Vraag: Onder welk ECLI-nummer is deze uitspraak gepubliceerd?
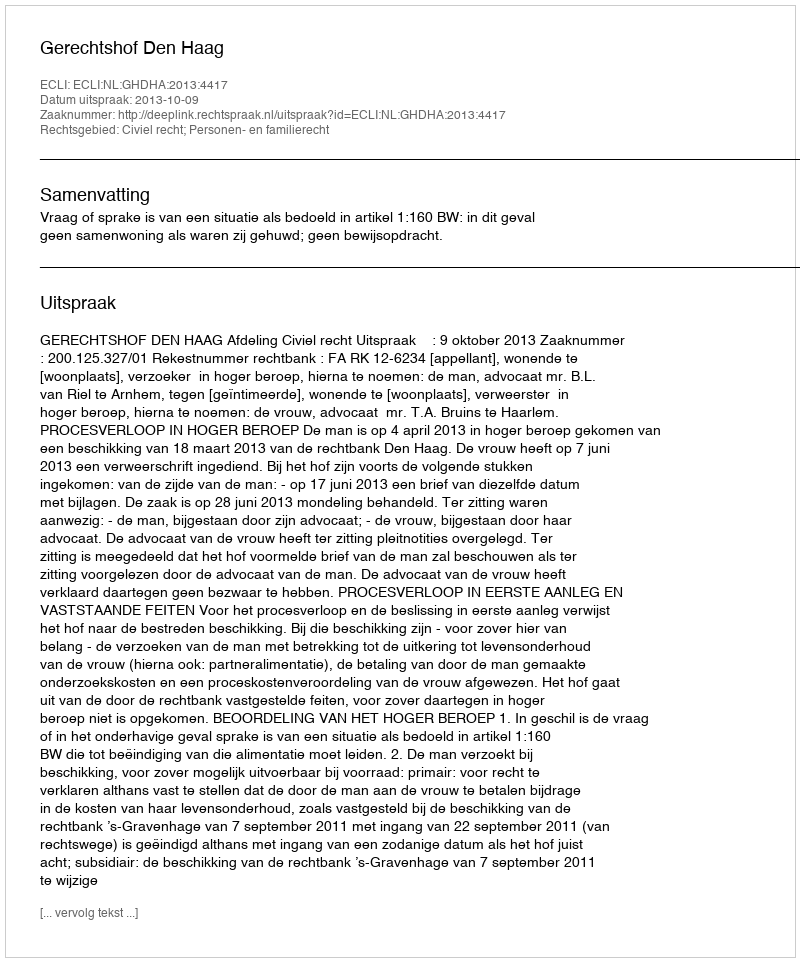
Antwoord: ECLI:NL:GHDHA:2013:4417